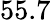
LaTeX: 55.7